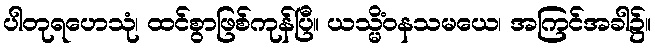
ပါတုရဟေသုံ၊ ထင်စွာဖြစ်ကုန်ပြီ။ ယသ္မိံဝနသမယေ၊ အကြင်အခါ၌။